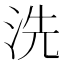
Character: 洗